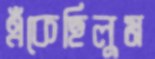
এঁকেছিলুম